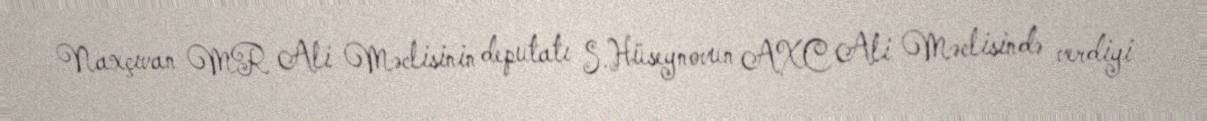
Naxçıvan MR Ali Məclisinin deputatı S.Hüseynovun AXC Ali Məclisində verdiyi